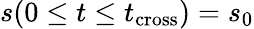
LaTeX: s(0\leq t\leq t_{\mathrm{cross}})=s_{0}